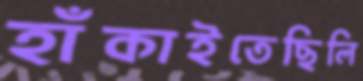
হাঁকাইতেছিলি